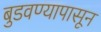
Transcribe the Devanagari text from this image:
बुडवण्यापासून